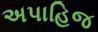
અપાહિજ